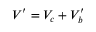
V ^ { \prime } = V _ { c } + V _ { b } ^ { \prime }